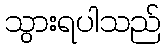
သွားရပါသည်